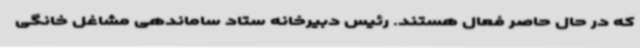
که در حال حاصر فعال هستند. رئیس دبیرخانه ستاد ساماندهی مشاغل خانگی